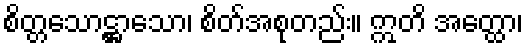
စိတ္တသောဋ္ဌာသော၊ စိတ်အစုတည်း။ ဣတိ အတ္ထော၊